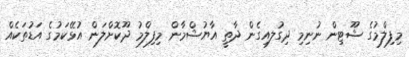
މިފިލްމުގެ ޝޫޓިން ނުނިމި ދިގުލއިގެން ދާތީ އާޔުޝްމާން މިފިލްމު ދޫކޮށްލަން އުޅޭކަމުގެ އަޑުތަކެއް